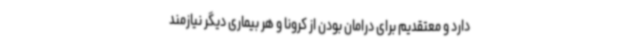
دارد و معتقدیم برای درامان بودن از کرونا و هر بیماری دیگر نیازمند